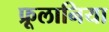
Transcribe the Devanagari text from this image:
फ्रूलानिया